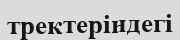
тректеріндегі